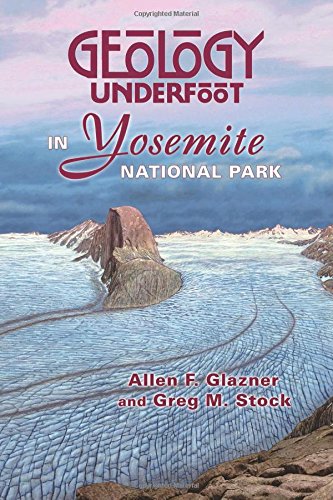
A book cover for Geology Underfoot in Yosemite National Park; Allen F. Glazner; Travel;